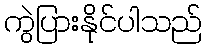
ကွဲပြားနိုင်ပါသည်